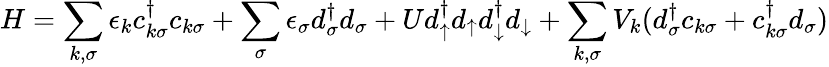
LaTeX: H=\sum_{k,\sigma}\epsilon_{k}c_{k\sigma}^{\dagger}c_{k\sigma}+\sum_{\sigma}\epsilon_{\sigma}d_{\sigma}^{\dagger}d_{\sigma}+Ud_{\uparrow}^{\dagger}d_{\uparrow}d_{\downarrow}^{\dagger}d_{\downarrow}+\sum_{k,\sigma}V_{k}(d_{\sigma}^{\dagger}c_{k\sigma}+c_{k\sigma}^{\dagger}d_{\sigma})